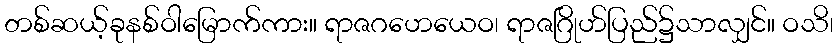
တစ်ဆယ့်ခုနစ်ဝါမြောက်ကား။ ရာဇဂဟေယေဝ၊ ရာဇဂြိုဟ်ပြည်၌သာလျှင်။ ဝသိ၊